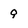
Character: 9